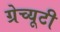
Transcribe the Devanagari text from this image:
ग्रेच्यूटी